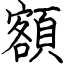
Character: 額